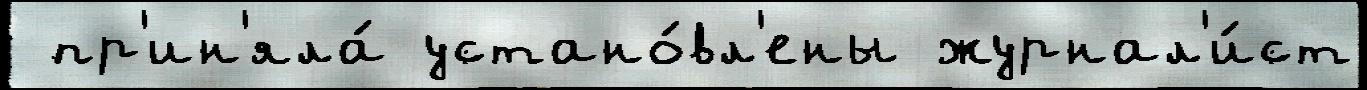
 пр'ин'яла́ устано́вл'ены журнал'и́ст